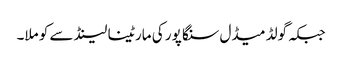
جبکہ گولڈ میڈل سنگا پور کی مارٹینا لینڈ سے کو ملا۔